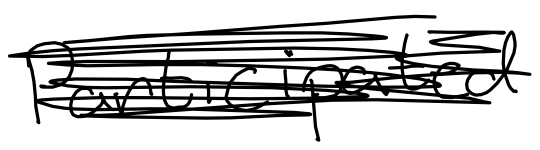
Text: participated
Cross-out: mix
Writing tool: digital_black